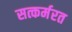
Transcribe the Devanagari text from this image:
सत्कर्मरत